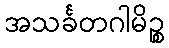
အသင်္ခတဂါမိဉ္စ